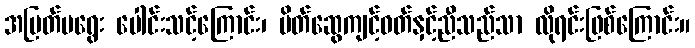
အမြတ်မရွေး ပေါင်းသင့်ကြောင်း၊ မိတ်ဆွေကျင့်ဝတ်နှင့်ညီသည်သာ လိုရင်းဖြစ်ကြောင်း။